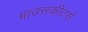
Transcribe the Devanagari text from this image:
माउसकीटर्स